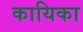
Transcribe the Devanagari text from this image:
कायिका